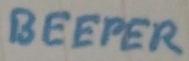
Text: BEEPER